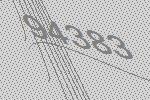
94383